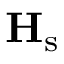
\mathbf { H } _ { \mathrm { s } }